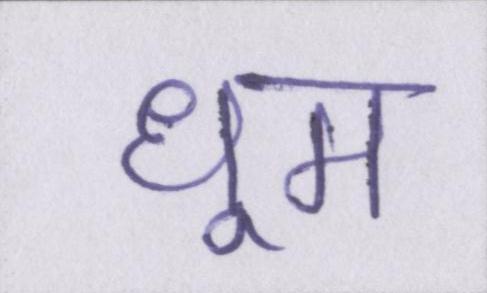
धूम